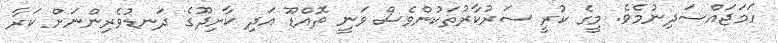
ހަމަޖައްސަދިނުމެވެ. މީގެ ކުރީ ސަރުކާރުތަކުންވެސް ވަނީ ތޮއްޑޫ އަދި ކާށިދޫގެ ދަނޑުވެރިންނަށް ކަރާ